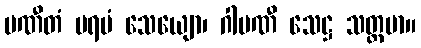
ပဏီတံ ပရမံ သေယျော၊ ဂါမဏီ သေဋ္ဌ သတ္တမာ။